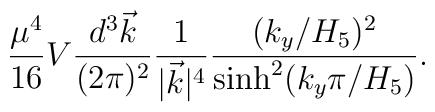
{\mu^4\over 16} V {d^3 \vec{k}\over (2\pi)^2} {1\over |\vec{k}|^4}{(k_y/H_5)^2\over {\rm sinh}^2(k_y\pi /H_5)}.